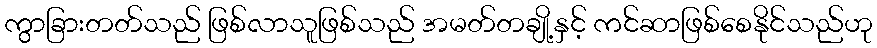
ကွာခြားတတ်သည် ဖြစ်လာသူဖြစ်သည် အမတ်တချို့နှင့် ကင်ဆာဖြစ်စေနိုင်သည်ဟု